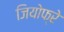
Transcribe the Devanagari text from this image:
जियोफ्रे